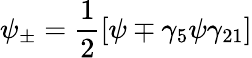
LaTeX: \psi_{\pm}=\frac{1}{2}[\psi\mp\gamma_{5}\psi\gamma_{21}]